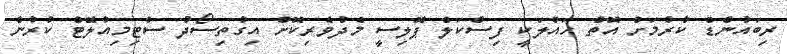
ރިބައުންޑް ކުރުމަށް އޮތް ހައްލަކީ ފިސްކަލް ޕޮލިސީ މެދުވެރިކޮށް އިގުތިސޯދު ސްޓިމިއުލޭޓް ކުރުން